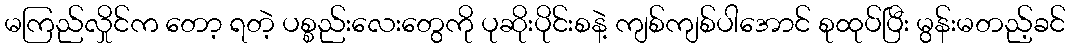
မကြည်လှိုင်က တော့ ရတဲ့ ပစ္စည်းလေးတွေကို ပုဆိုးပိုင်းစနဲ့ ကျစ်ကျစ်ပါအောင် စုထုပ်ပြီး မွန်းမတည့်ခင်